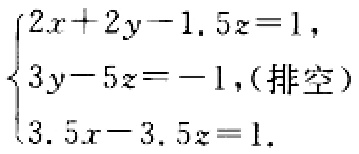
\(\begin{cases}2x + 2y - 1.5z = 1,\\3y - 5z = - 1,(排空)\\3.5x - 3.5z = 1.\end{cases}\)